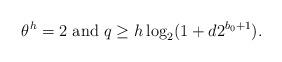
LaTeX: \begin{align*}\theta^h=2~{\rm and}~ q\ge h\log_2(1+d2^{b_0+1}). \end{align*}